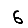
Digit: 6